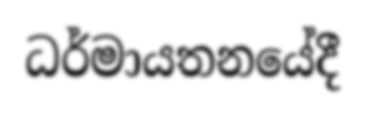
ධර්මායතනයේදී